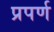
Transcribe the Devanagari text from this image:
प्रपर्ण